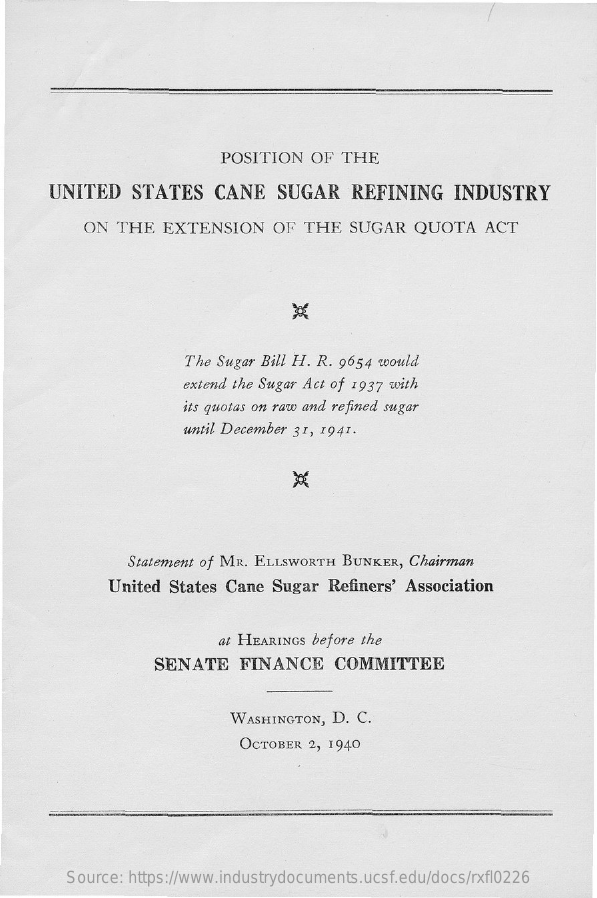
POSITION    OF  THE
     UNITED    STATES    CANE    SUGAR    REFINING    INDUSTRY
     ON  THE   EXTENSION    OF  THE  SUGAR    QUOTA    ACT
     The Sugar Bill H. R. 9654 would
     extend the Sugar Act of 1937 with
     its quotas on raw and refined sugar
     until December 31, 1941.
     Statement of MR. ELLSWORTH  BUNKER, Chairman
     United States  Cane  Sugar  Refiners' Association
     at HEARINGS before the
     SENATE    FINANCE    COMMITTEE
     WASHINGTON, D. C.
     OCTOBER 2, 1940
     Source: https://www.industrydocuments.ucsf.edu/docs/rxfl0226